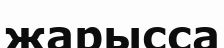
жарысса